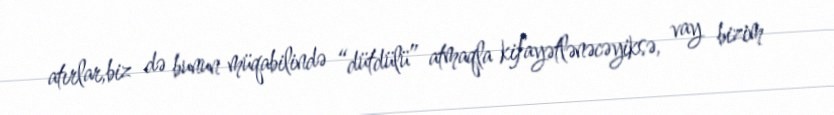
atırlar,biz də bunun müqabilində “dütdülü” atmaqla kifayətlənəcəyiksə, vay bizim